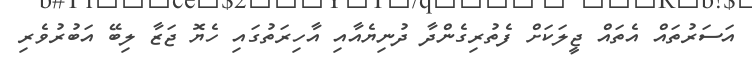
އަސަރުތައް އެތައް ޖީލަކަށް ފެތުރިގެންދާ ދުނިޔެއާއި އާހިރަތުގައި ހެޔޮ ޖަޒާ ލިބޭ އަބުރުވެރި